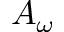
A _ { \omega }